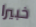
خبيرا